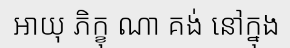
អាយុ ភិក្ខុ ណា គង់ នៅក្នុង